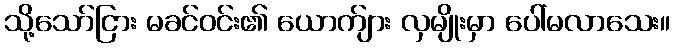
သို့သော်ငြား မခင်ဝင်း၏ ယောက်ျား လှမျိုးမှာ ပေါ်မလာသေး။